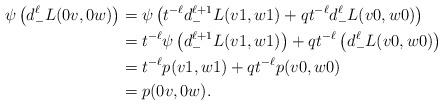
LaTeX: \begin{align*}\psi\left( d_-^{\ell} L(0v, 0w) \right) &= \psi\left( t^{-\ell}d_{-}^{\ell+1} L(v1, w1) + qt^{-\ell}d_-^{\ell}L(v0, w0) \right) \\&= t^{-\ell} \psi\left(d_{-}^{\ell+1} L(v1, w1) \right) + qt^{-\ell} \left( d_-^{\ell}L(v0, w0) \right) \\&= t^{-\ell} p(v1, w1) + qt^{-\ell} p(v0, w0) \\&= p(0v, 0w). \end{align*}